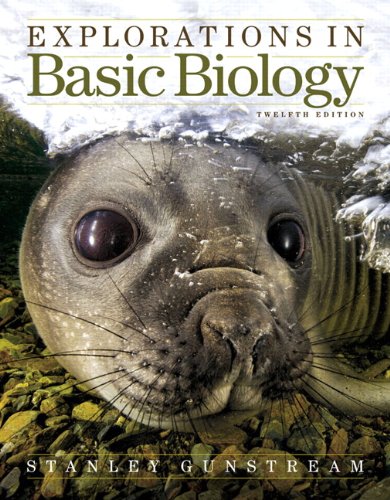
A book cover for Explorations in Basic Biology (12th Edition); Stanley E Gunstream; Science & Math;